Civil Veterinary Dept. Assam report 1927-50 - 1927-1950
Year: 1927
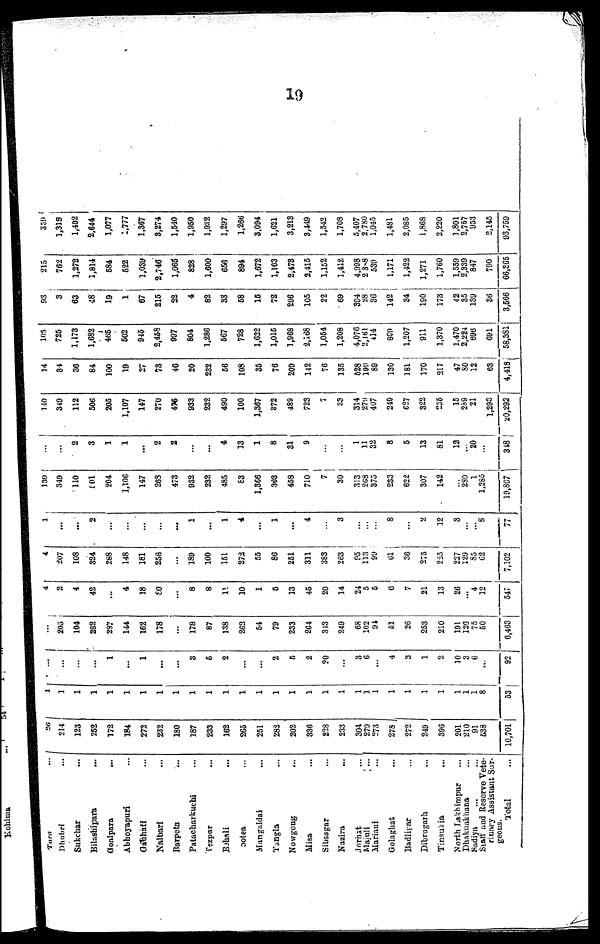
19
Tara ...
Dhubri ...
Sukchar ...
Bilashipara ...
Goalpara ...
Abhoyapuri ...
Gahhati ...
Nalbari ...
Barpeta ...
Patacharkuchi ...
Tezpur ...
Behali ...
Sotea ...
Mangaldai ...
Tangia ...
Nowgong ...
Misa ...
Sibsagar ...
Nazira ...
Jorhat ...
Majuli ...
Mariani ...
Golaghat ...
Badlijar ...
Dibrugarh ...
Tinsusin ...
North Lakhimpur ...
Dhakuakhana ...
Sadiya ... ...
Staff and Reserve Vete-
rinary Assistant Sur-
geons.
Total ...
26
214
123
252
172
184
272
232
180
187
233
162
265
251
282
202
336
228
233
301
279
573
278
272
249
396
201
210
91
638
10,701
1
1
1
1
1
1
1
1
1
1
1
1
1
1
1
1
1
1
...
1
1
1
1
1
1
1
1
1
1 8
53
...
...
...
...
1
...
1
...
...
3
6
2
...
...
2
5
2
20
...
3
6
...
4
3
1
2
10
3
6
...
92
...
205
104
282
297
144
162
178
...
178
87
138
262
64
79
233
264
343
249
68
202
94
51
26
253
210
191
120
75
50
6,463
4
2
4
42
...
4
18
£0
...
8
8
11
10
1
6
13
45
20
14
24
5
5
6
7
21
13
26
4
12
547
4
207
108
324
288
148
181
258
...
189
100
151
272
55
86
251
311
383
263
95
113
99
81
36
275
225
227
129
85
62
7,102
1
...
...
2
...
...
...
...
...
1
...
1
4
...
1
...
4
...
3
...
...
...
8
...
...
12
3
...
... ...
77
130
349
110
101
204
1,106
147
268
473
932
232
485
83
1,366
303
458
710
7
30
313
268
875
233
622
307
142
...
289
1
1,285
19,867
...
...
2
3
1
1
...
2
2
...
...
4
13
1
8
31
9
...
...
1
11
32
8
5
13
81
12
... 20
...
318
110
349
112
500
205
1,107
147
270
476
933
232
490
100
1,367
372
489
723
7
33
314
279
407
249
627
322
235
15
289
21
... 1,293
20,292
14
84
36
84
100
19
27
73
46
20
232
66
108
35
76
209
112
76
135
628
199
89
130
181
170
217
47
80
12
... 63
4,418
108
725
1,173
1,682
465
502
945
2,458
997
804
1,286
567
728
1,622
1,015
1,968
2,168
1,054
1,208
4,076
2,161
414
899
1,207
911
1,370
1,470
2,224
696
... 691
58,881
93
3
63
48
19
1
67
215
22
4
82
33
58
15
72
296
105
22
69
394
28
36
142
34
190
173
42
35
139
... 36
3,566
215
762
1,372
1,814
584
522
1,039
2,746
1,065
828
1,600
656
894
1,672
1,163
2,473
2,415
1,152
1,412
4,908
2 368
539
1,171
1,422
1,271
1,760
1,559
2,339
847
... 790
66,865
339
1,318
1,492
2,644
1,077
1,777
1,367
8,274
1,540
1,950
1,932
1,297
1,266
3,094
1,621
3,213
3,449
1,542
1,708
5,407
2,780
1,045
1,481
2,085
1,868
2,220
1,801
2,757
953
... 2,145
93,759